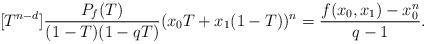
LaTeX: \begin{align*}[T^{n-d}]\frac{P_f(T)}{(1 - T )(1 -qT ) }(x_0T + x_1(1 - T ))^n =\frac{f (x_0, x_1) - x_0^n}{q - 1}.\end{align*}